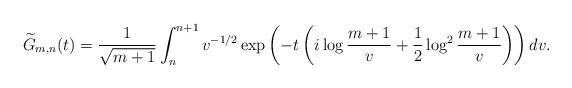
LaTeX: \begin{align*}\widetilde{G}_{m,n}(t) = \frac{1}{\sqrt{m+1}} \int_n^{n+1} v^{-1/2} \exp\left(-t\left(i\log{\frac{m+1}{v}}+\frac{1}{2}\log^2{\frac{m+1}{v}}\right)\right) dv.\end{align*}